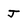
Character: J